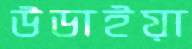
উডাইয়া